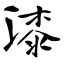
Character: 漆